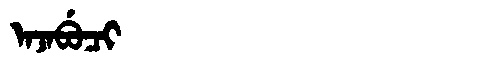
Manchu: ᠠᠵᠠᠪᡠᠴᡳ
Romanization: AJABUCI